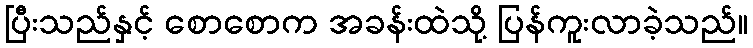
ပြီးသည်နှင့် စောစောက အခန်းထဲသို့ ပြန်ကူးလာခဲ့သည်။